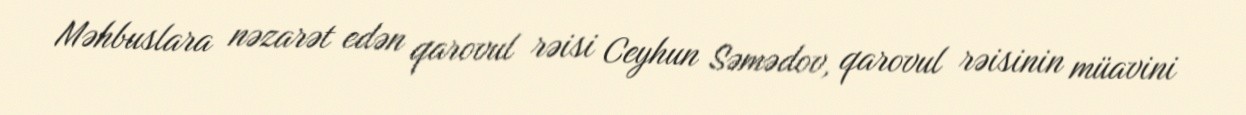
Məhbuslara nəzarət edən qarovul rəisi Ceyhun Səmədov, qarovul rəisinin müavini